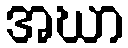
အဃာ